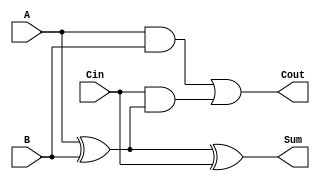
module FullAdder (
    input  wire A,    // First input bit
    input  wire B,    // Second input bit
    input  wire Cin,  // Carry-in bit
    output wire Sum,  // Resulting sum bit
    output wire Cout  // Carry-out bit
);

// Behavioral description of the full adder
assign Sum = A ^ B ^ Cin;  // Sum is the XOR of A, B, and Cin
assign Cout = (A & B) | (Cin & (A ^ B));  // Cout logic

endmodule